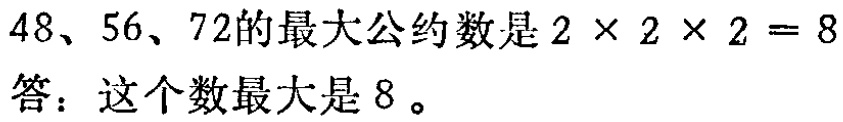
\(48、56、72的最大公约数是2\times 2\times 2 = 8\)

答：这个数最大是\(8\)。